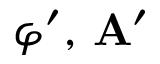
\varphi ^ { \prime } , \, { \bf A } ^ { \prime }